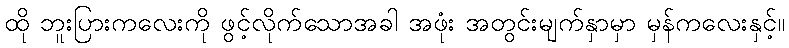
ထို ဘူးပြားကလေးကို ဖွင့်လိုက်သောအခါ အဖုံး အတွင်းမျက်နှာမှာ မှန်ကလေးနှင့်။